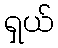
ရှယ်